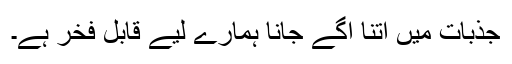
جذبات میں اتنا اگے جانا ہمارے لیے قابل فخر ہے۔